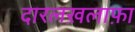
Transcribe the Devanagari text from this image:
दारलख़लाफ़ा